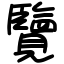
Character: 覽